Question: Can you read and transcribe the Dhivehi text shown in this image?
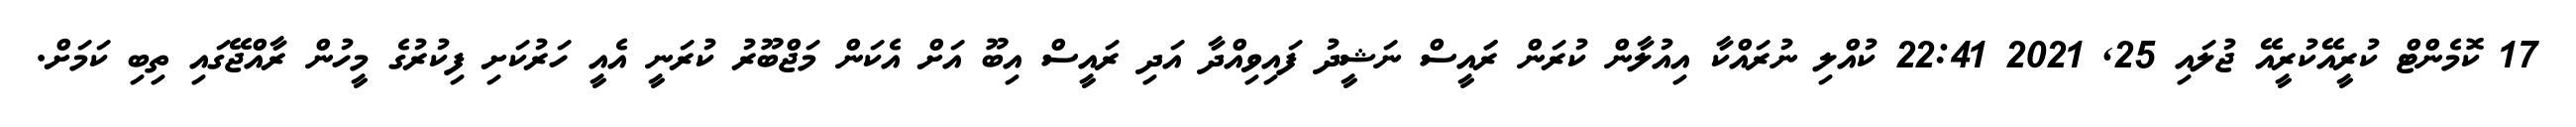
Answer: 17 ކޮމެންޓް ކުރީއޭކުރީއޭ ޖުލައި 25, 2021 22:41 ކުއްލި ނުރައްކާ އިއުލާން ކުރަން ރަައީސް ނަޝީދު ފައިވިއްދާ އަދި ރައީސް އިބޫ އަށް އެކަން މަޖްބޫރު ކުރަނީ އެއީ ހަރުކަށި ފިކުރުގެ މީހުން ރާއްޖޭގައި ތިބި ކަމަށް.